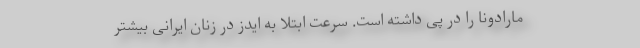
مارادونا را در پی داشته است. سرعت ابتلا به ایدز در زنان ایرانی بیشتر